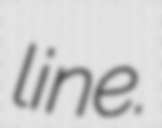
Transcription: line.